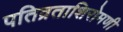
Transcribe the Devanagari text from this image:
पतिव्रताशिरोमणी